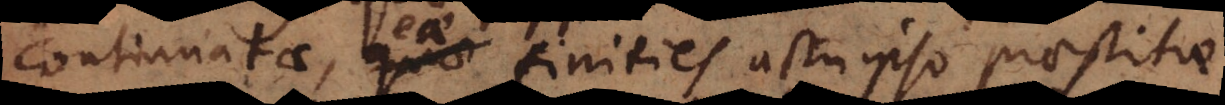
continuatae, eae finities actu ipso praestitae